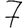
Digit: 7